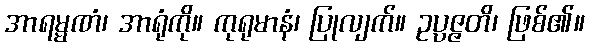
အာရမ္မဏံ၊ အာရုံကို။ ကုရုမာနံ၊ ပြုလျက်။ ဥပ္ပဇ္ဇတိ၊ ဖြစ်၏။